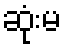
ဆုံးမ